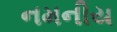
નમનીય